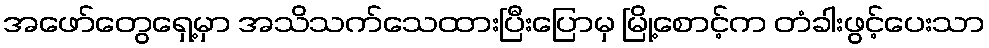
အဖော်တွေရှေ့မှာ အသိသက်သေထားပြီးပြောမှ မြို့စောင့်က တံခါးဖွင့်ပေးသာ